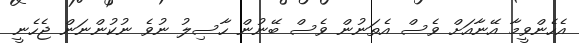
އެހެންވީމާ އޭނާއަށް ވެސް އެތަނުން ވެސް ބޭނުން ހާސިލު ނުވެ ނުކުންނަން ޖެހެނީ